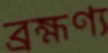
ব্রহ্মণ্য